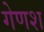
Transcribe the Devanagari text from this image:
गेणश